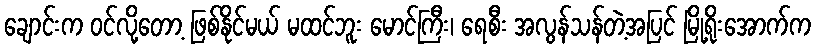
ချောင်းက ဝင်လို့တော့ ဖြစ်နိုင်မယ် မထင်ဘူး မောင်ကြီး၊ ရေစီး အလွန်သန်တဲ့အပြင် မြို့ရိုးအောက်က